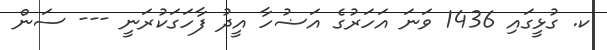
ކ. ގުޅީގައި 1436 ވަނަ އަހަރުގެ އަޟުހާ އީދު ފާހަގަކުރަނީ --- ސަން